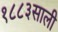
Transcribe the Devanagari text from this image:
१८८३साली